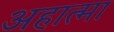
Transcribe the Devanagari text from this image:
अहात्मा